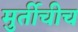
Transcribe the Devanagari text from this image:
मुर्तीचीच